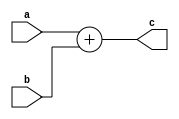
module adder(a,b,c);
input [9:0]a,b;
output [9:0]c;

assign c = a + b;

endmodule